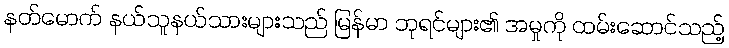
နတ်မောက် နယ်သူနယ်သားများသည် မြန်မာ ဘုရင်များ၏ အမှုကို ထမ်းဆောင်သည့်